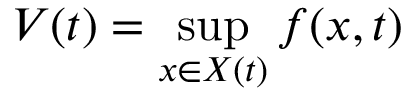
V ( t ) = \operatorname* { s u p } _ { x \in X \left( t \right) } f ( x , t )